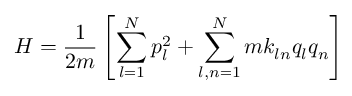
H = \frac { 1 } { 2 m } \left[ \sum _ { l = 1 } ^ { N } p _ { l } ^ { 2 } + \sum _ { l , n = 1 } ^ { N } m k _ { l n } q _ { l } q _ { n } \right]